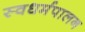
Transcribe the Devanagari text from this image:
स्वधर्मपालन